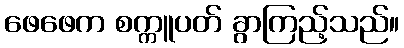
ဖေဖေက စက္ကူပတ် ခွာကြည့်သည်။